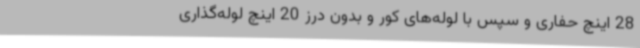
28 اینچ حفاری و سپس با لوله‌های کور و بدون درز 20 اینچ لوله‌گذاری